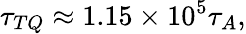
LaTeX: \tau_{TQ}\approx 1.15\times 10^{5}\tau_{A},